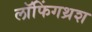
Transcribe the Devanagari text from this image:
लॉफिंगथ्रश